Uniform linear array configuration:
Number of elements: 4
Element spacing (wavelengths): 1
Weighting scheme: binomial
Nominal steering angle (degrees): -30
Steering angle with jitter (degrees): -30.673
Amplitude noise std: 0.05
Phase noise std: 0.05

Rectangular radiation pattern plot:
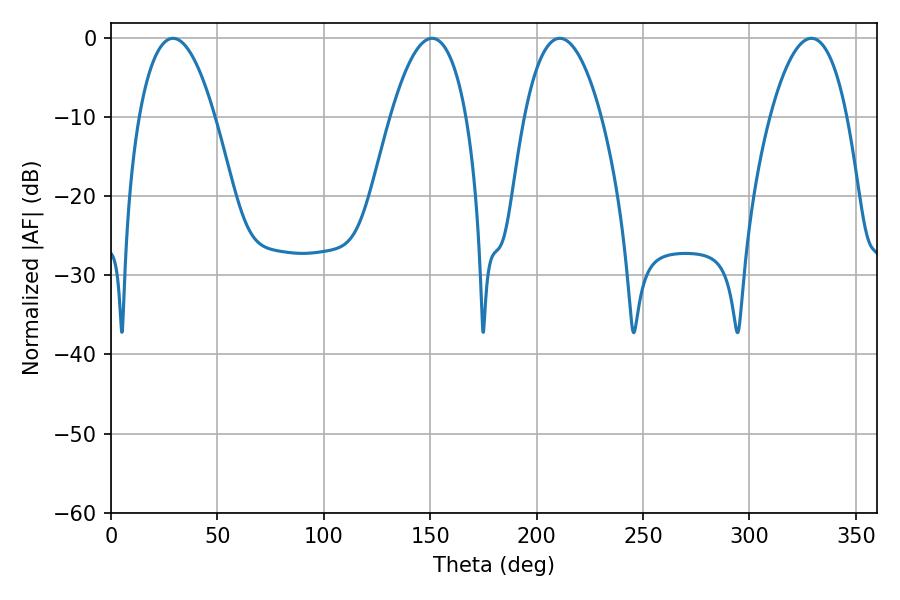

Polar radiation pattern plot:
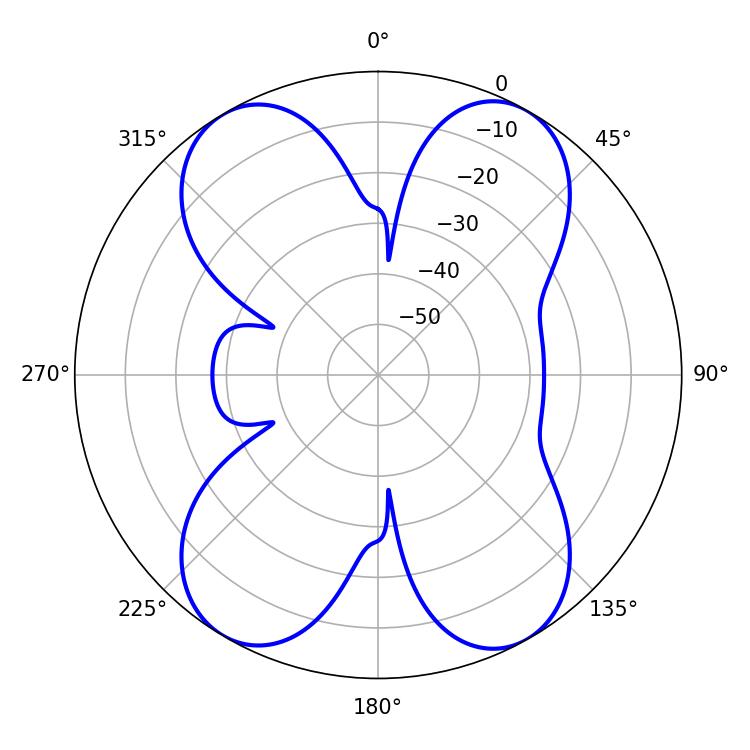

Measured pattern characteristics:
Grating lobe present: TRUE
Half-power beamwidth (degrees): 19.8
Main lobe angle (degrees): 29.16